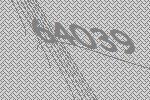
64039